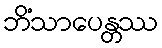
ဘိံသာပေန္တဿ